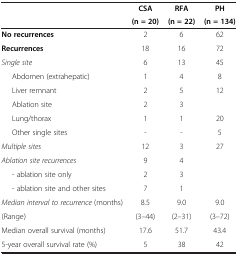
<table><thead><tr><td>[EMPTY_CELL]</td><td><b>CSA</b></td><td><b>RFA</b></td><td><b>PH</b></td></tr><tr><td>[EMPTY_CELL]</td><td><b>(n = 20)</b></td><td><b>(n = 22)</b></td><td><b>(n = 134)</b></td></tr></thead><tbody><tr><td><b>No recurrences</b></td><td>2</td><td>6</td><td>62</td></tr><tr><td><b>Recurrences</b></td><td>18</td><td>16</td><td>72</td></tr><tr><td><i>Single site</i></td><td>6</td><td>13</td><td>45</td></tr><tr><td>Abdomen (extrahepatic)</td><td>1</td><td>4</td><td>8</td></tr><tr><td>Liver remnant</td><td>2</td><td>5</td><td>12</td></tr><tr><td>Ablation site</td><td>2</td><td>3</td><td>[EMPTY_CELL]</td></tr><tr><td>Lung/thorax</td><td>1</td><td>1</td><td>20</td></tr><tr><td>Other single sites</td><td>-</td><td>-</td><td>5</td></tr><tr><td><i>Multiple sites</i></td><td>12</td><td>3</td><td>27</td></tr><tr><td><i>Ablation site recurrences</i></td><td>9</td><td>4</td><td rowspan="3">[EMPTY_CELL]</td></tr><tr><td>- ablation site only</td><td>2</td><td>3</td></tr><tr><td>- ablation site and other sites</td><td>7</td><td>1</td></tr><tr><td><i>Median interval to recurrence</i> (months)</td><td>8.5</td><td>9.0</td><td>9.0</td></tr><tr><td>(Range)</td><td>(3–44)</td><td>(2–31)</td><td>(3–72)</td></tr><tr><td>Median overall survival (months)</td><td>17.6</td><td>51.7</td><td>43.4</td></tr><tr><td>5-year overall survival rate (%)</td><td>5</td><td>38</td><td>42</td></tr></tbody></table>